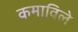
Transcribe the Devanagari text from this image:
कमाविले